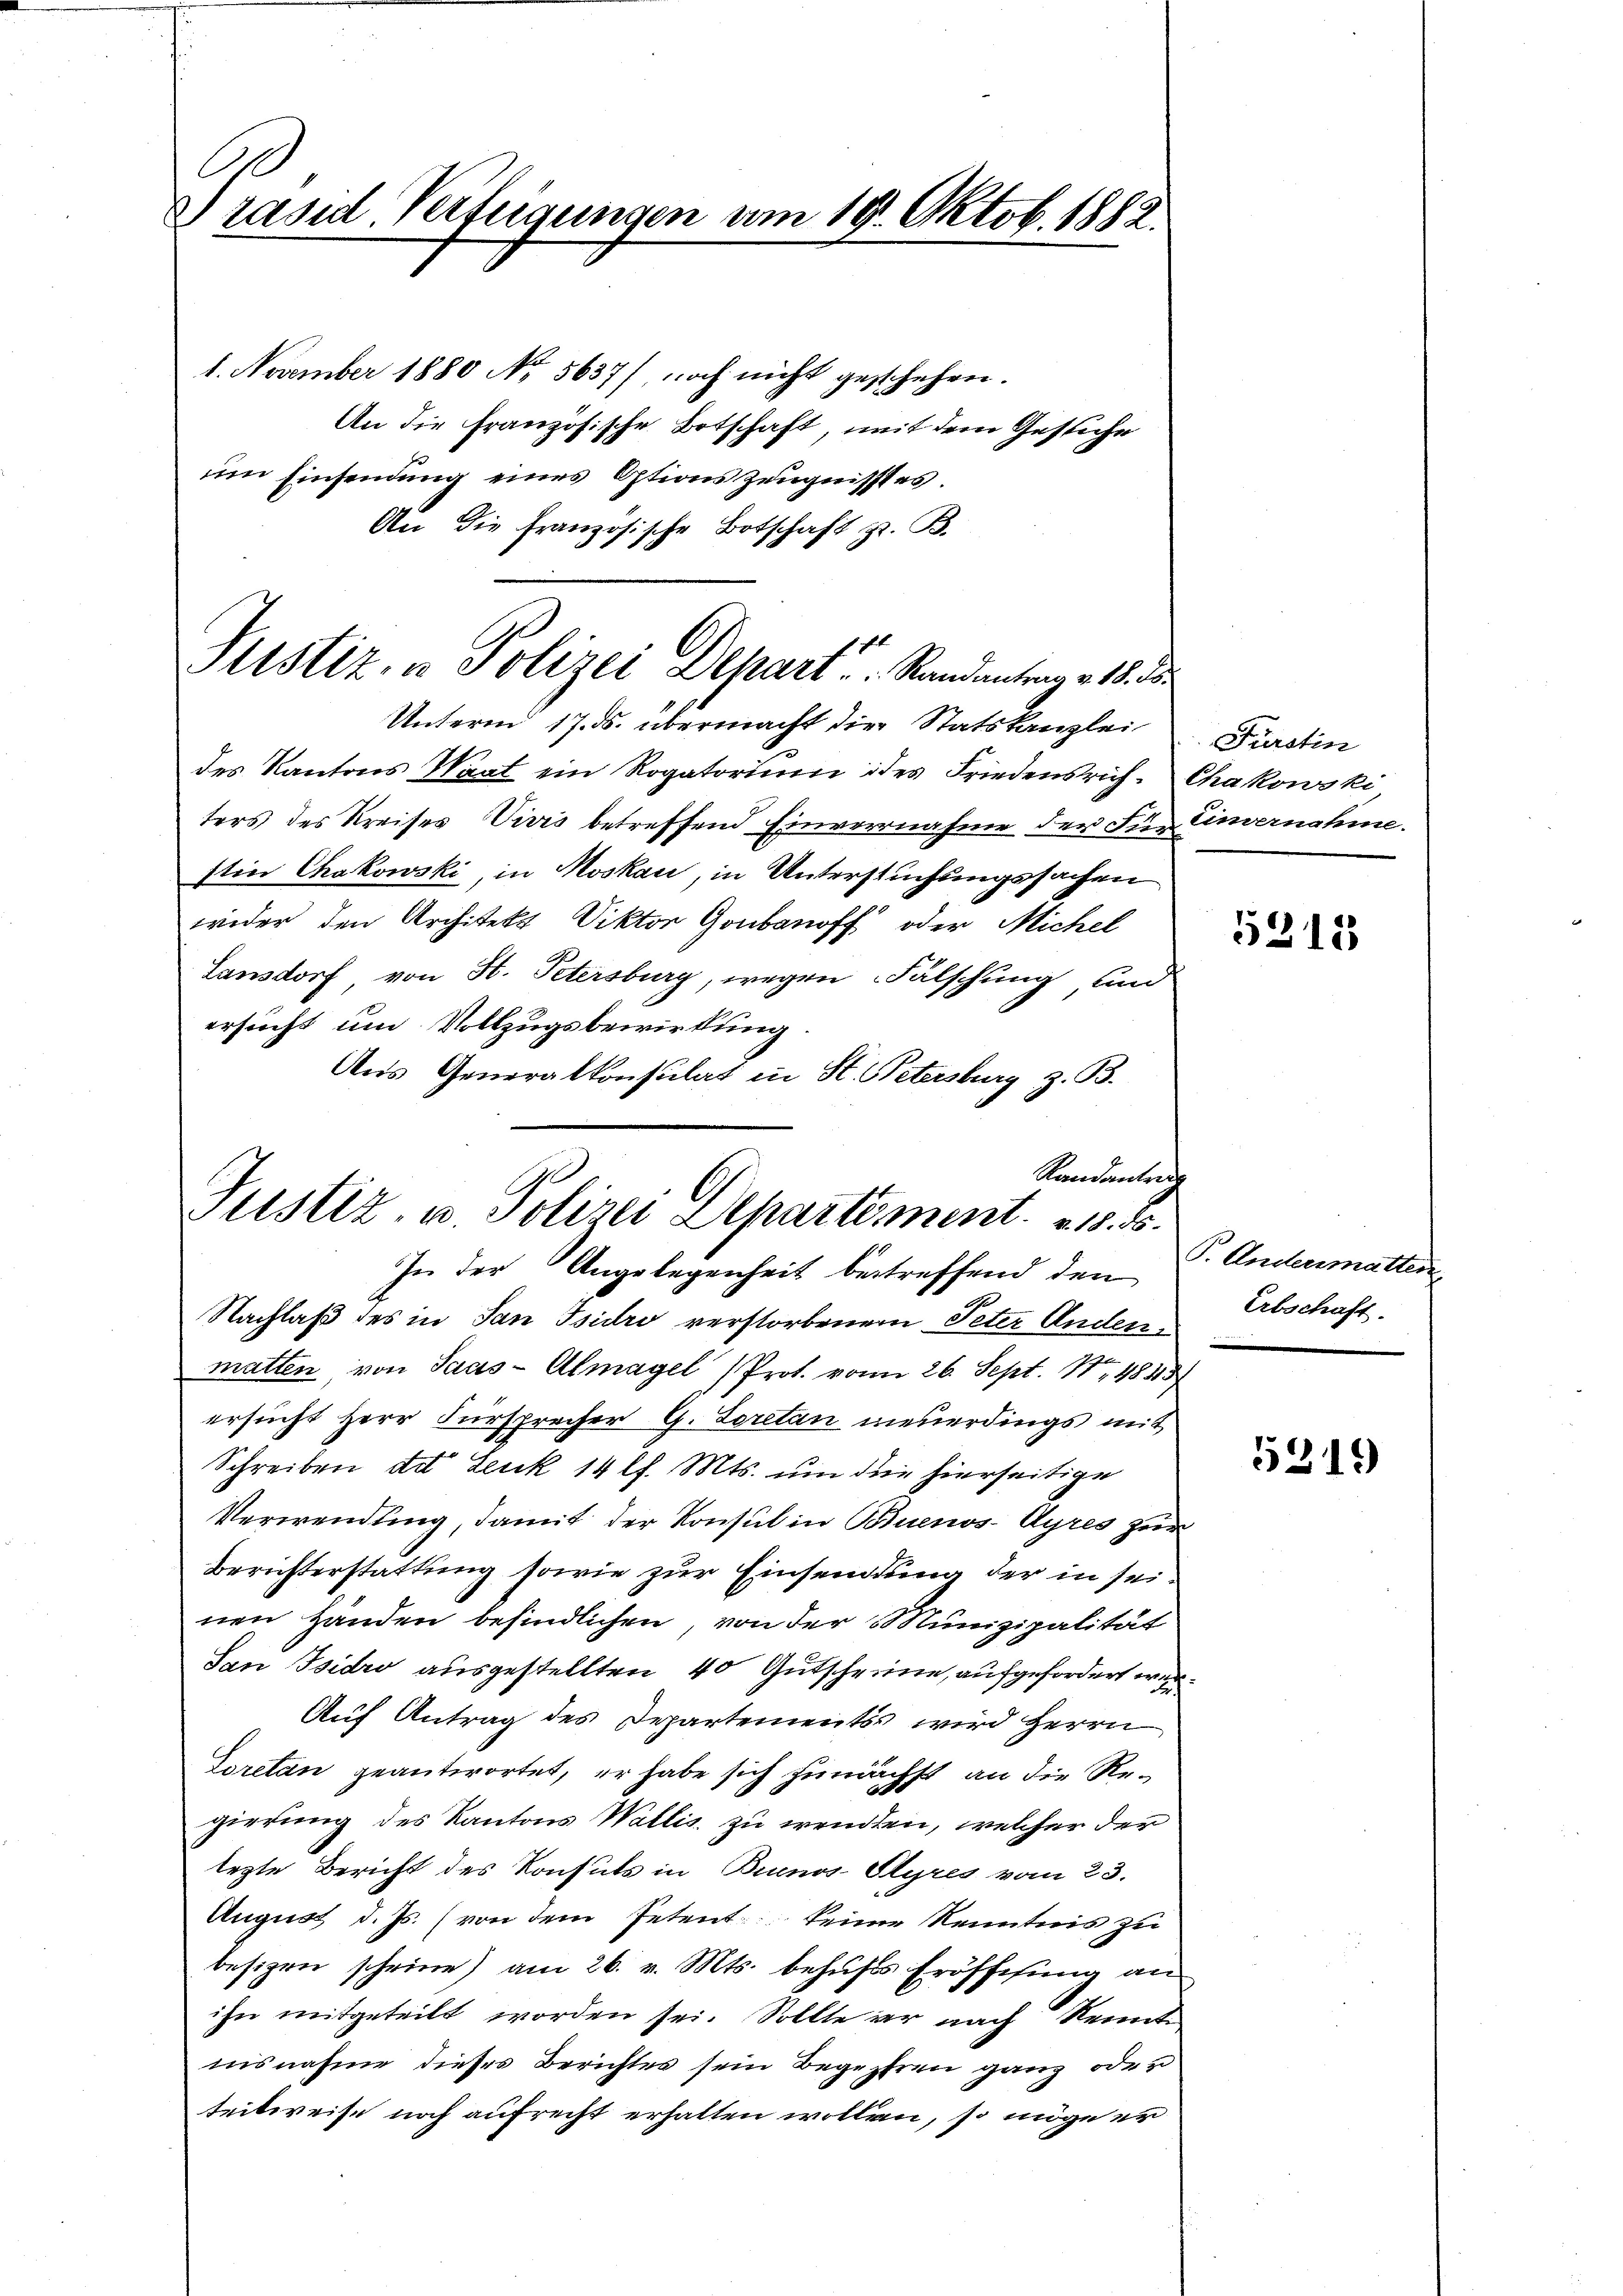
C
Präsid. Verfügungen am 19. Oktob. 1882.

Justiz, u. Polizei Depart. Randantrag v. 18. d.

1. November 1880 No 5637) noch nicht geschehen.
An die Französische Botschaft, mit dem Gesuche
im Einsendung eines Options Zeugnisses.
An die Französische Botschaft z. B.
Unterm 17. ds. übermacht die Statskanzlei
des Kantons Waat ein Rogatorium ides Friedensrichters des Kreises Vivis betreffend Einvernahme der Für Einvernahme.
stin Chakowski, in Moskau, in Untersuchungssachen
wider den Architekt Viktor Gonbanoff oder Michel
Lansdorf von H. Petersburg, wegen Falschung und
ersucht um Vollzugsbewirkung
Aus Generalkonsulat in St. Petersburg z. B.
Nachlaß des in San Tsidro verstorbenem Peter Andermatten von Saas-Almagel (Prot. von 26. Sept. 148313,
ersucht Herr Fürsprecher G. Loretan neuerdings mit
Schreiben der Lenk 14 l. Mts. um die hierseitige
Verwendung, damit der Konsul in Buenos-Ayres zu
Berichterstattung sowie zur Einsendung der in sei
nen Händen befindlichen, von der Munizipalität
San Isidro ausgestellten 40 Gutscheine, aufgefordert er
Auf Antrag des Departements wird Herrn
Loretan geantwortet, er habe sich zunächst an die Regierung des Kantons Wallis zu wenden, welcher der
legte Bericht des Konsuls in Buenos-Ayres vom 23.
August d. Js. (von dem Petent keine Kenntnis zu
besizen scheine) am 26. v. Mts. behŭfs Eröffisŭng an
ihn mitgeteilt worden sei. Sollte er nach Rein
nisnahme dieses Berichtes sein Begehren ganz oder u
teilweise noch aufrecht erhalten wollen, so möge er

Randanter
I
Justiz, u. Polizei Departement. 18. d.
In der Angelegenheit betreffend den

Fürstin
Chakowski

5318

T. Andermatter
Erbschaft.

5319